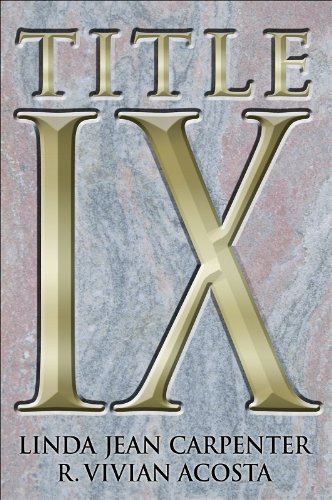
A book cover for Title IX; Linda Jean Carpenter; Law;